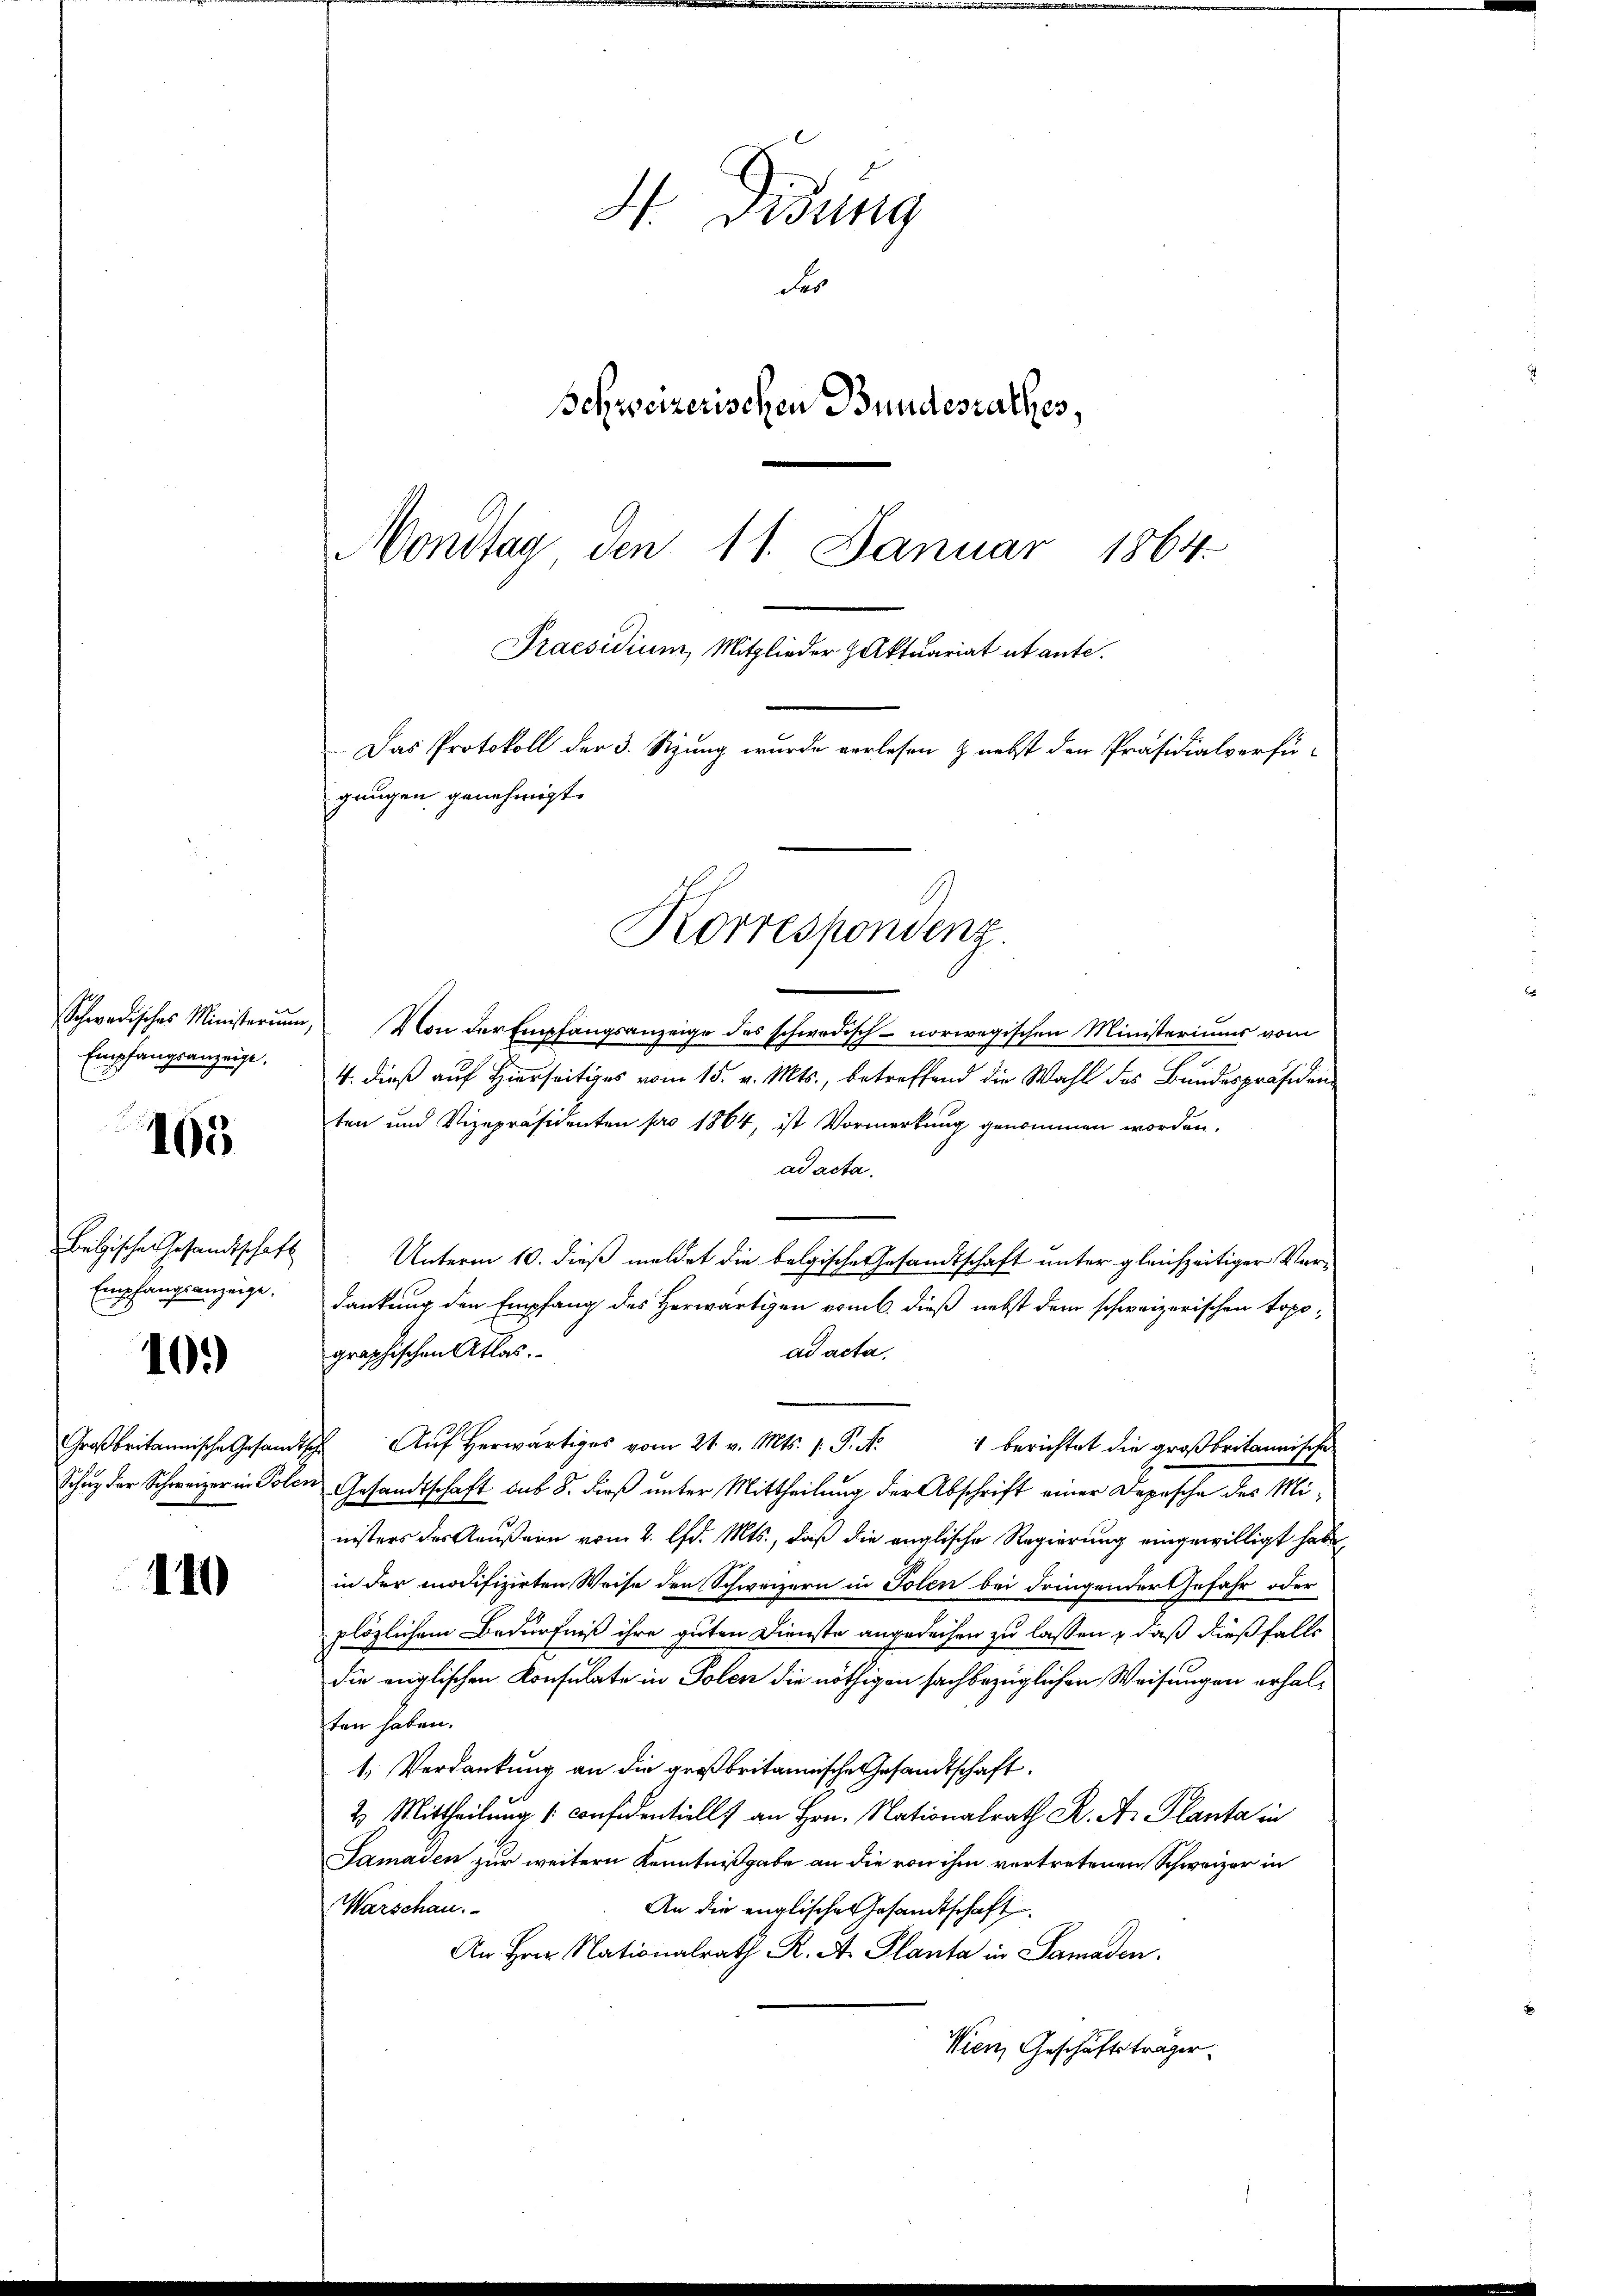
Empfangsanzeige.

165

Belgischen Gesandtschaft
Empfangsanzeige.
10.)

110

Schwedisches Ministerium, Von der Empfangsanzeige des schwedisch- norwegischen Ministeriums vom
4. dieß auf Hierseitiges vom 15. v. Mts., betreffend die Wahl des Bundespräsiden
ten und Vizepräsidenten pro 1864, ist Vormerkung genommen worden.
ad acta.
Unterm 10. dieß meldet die belgische Gesandtschaft unter gleichzeitiger Vordankung den Empfang des Herwärtigen vom 6. dieß nebst dem schweizerischen Topoad acta.
graphischen Atlas
Großbritannische Gesandtsche Auf herwärtiges vom 21. v. Mts. 1. P. N
1 berichtet die großbritannische
Schne der Schweizer in Polen Gesandtschaft sub 8. dieß unter Mittheilung der Abschrift einer Depesche des Ministers des Aeußern vom 2. lfd. Mts., daß die englische Regierung eingewilligt habe,
in der modifizirten Weise den Schweizern in Solen bei dringendertefahr oder
plözlichem Bedürfniß ihre guten Dienste angedeihen zu lassen, daß dießfalls
die englischen Konsulate in Polen die nöthigen sachbezüglichen Weisungen erhalten haben.
1.) Verdankung an die großbritannische Gesandtschaft.
2 Mittheilung confidentiell an Hrn. Nationalrath K. A. Planta in
Samaden zur weitern Kenntnißgabe an die von ihm vertretenen Schweizer in
An die englische Gesandtschaft.
Warschau.
An Hrn. Nationalrath R. A. Planta in Samaden.
Wien, Geschäftsträger.

H Didung
Fer
Schweizerischen Bundesrathes,
Nondtag den 11. Januar 1864.
Praesidium, Mitglieder Aktuariat et ante.
Das Protokoll der 3. Szung wurde verlesen & nebst den Präsidialverfü-
gangen genehmigt.

Korrespondenz